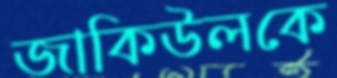
জাকিউলকে